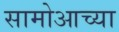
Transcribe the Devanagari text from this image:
सामोआच्या